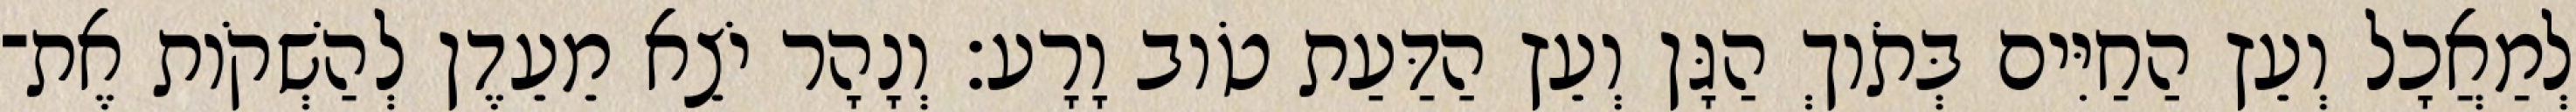
לְמַאֲכָל וְעֵץ הַחַיִּים בְּתֹוךְ הַגָּן וְעֵץ הַדַּעַת טֹוב וָרָע׃ וְנָהָר יֹצֵא מֵעֵדֶן לְהַשְׁקֹות אֶת־